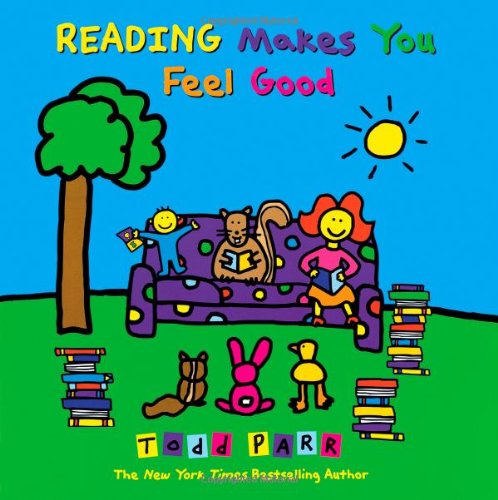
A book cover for Reading Makes You Feel Good; Todd Parr; Children's Books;